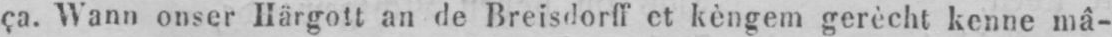
ça. Wann onser Härgott an de Breisdorff et kèngem gerècht kenne mâ-